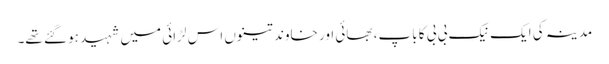
مدینہ کی ایک نیک بی بی کا باپ، بھائی اور خاوند تینوں اس لڑائی میں شہید ہو گئے تھے۔